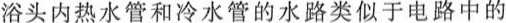
浴头内热水管和冷水管的水路类似于电路中的